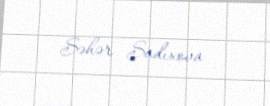
Səhər Sadıxova